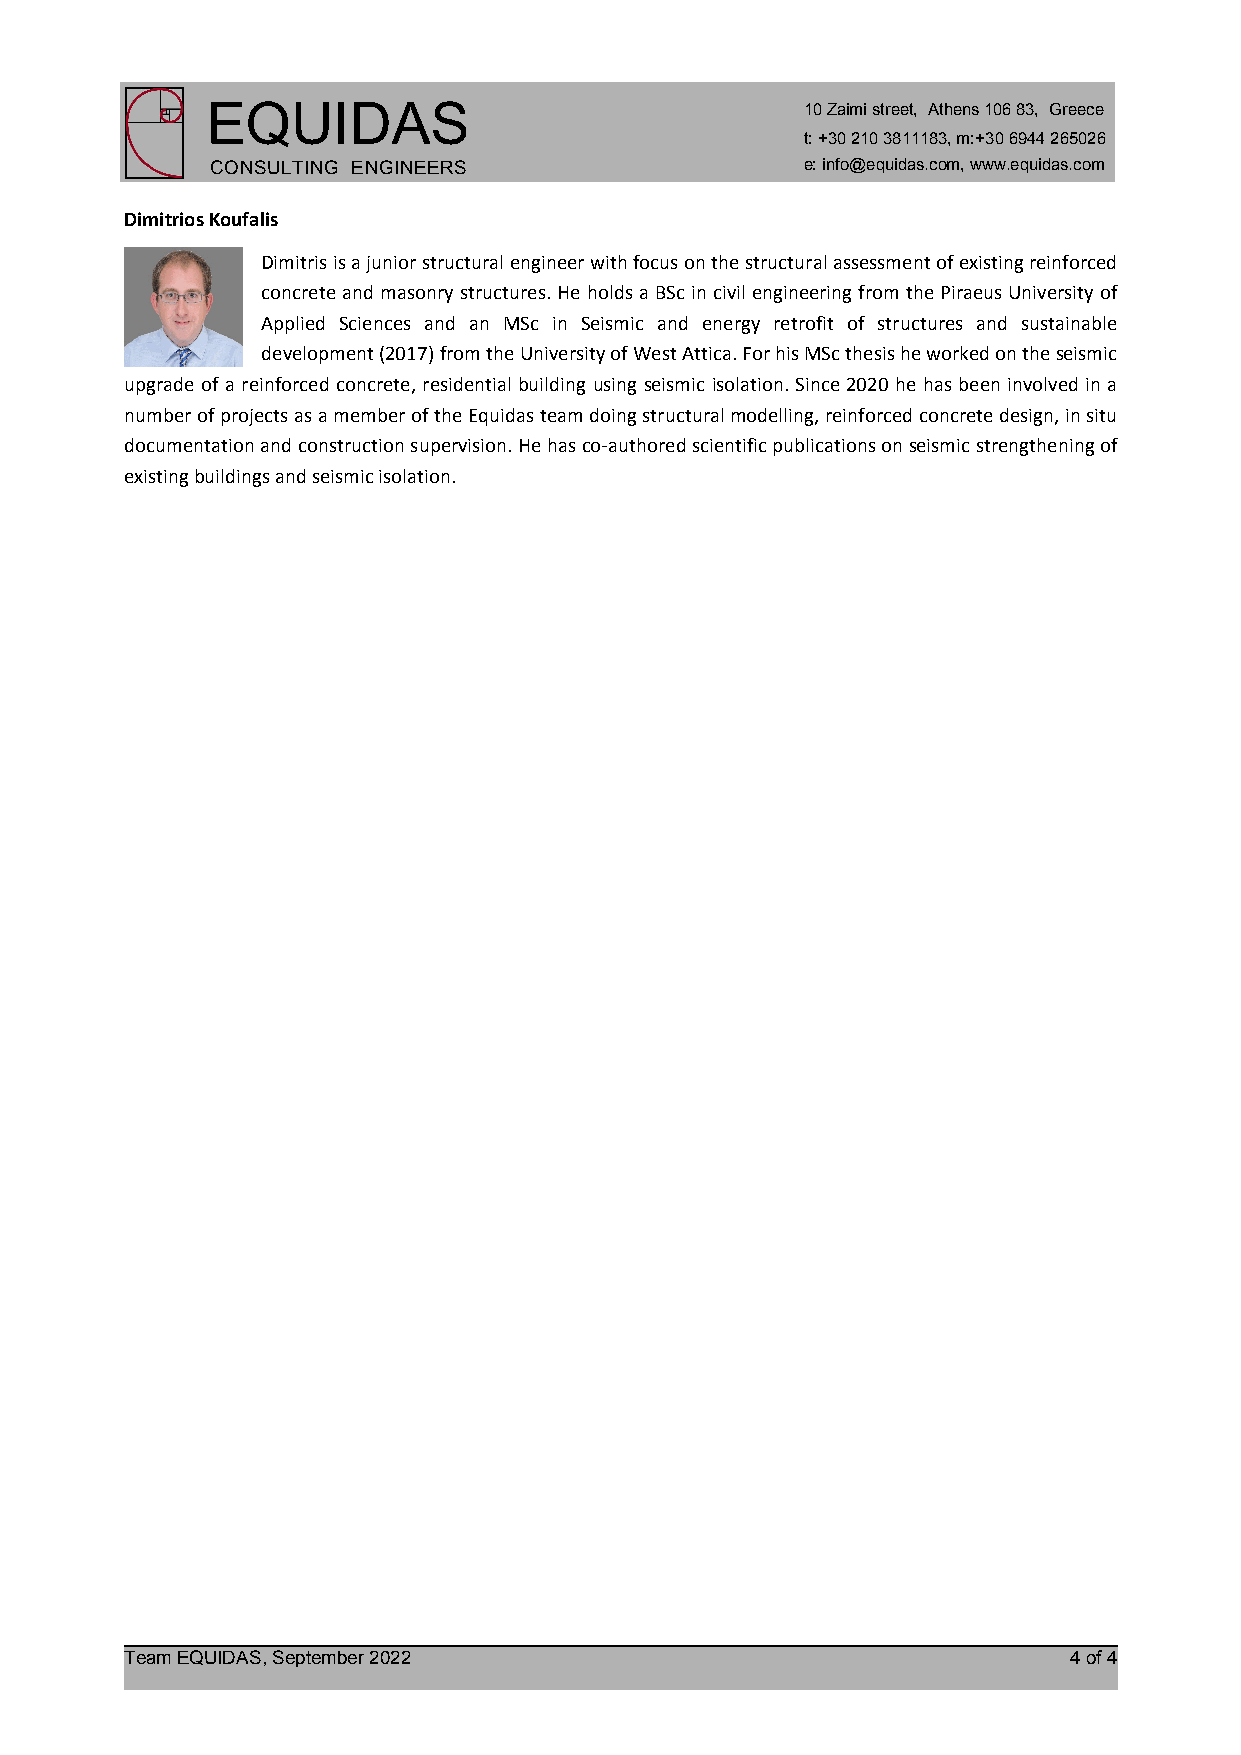
EQUIDAS                                10 Zaimi street, Athens 106 83, Greece
 t: +30 210 3811183, m:+30 6944 265026
 CONSULTING ENGINEERS                   e: info@equidas.com, www.equidas.com
 Dimitrios Koufalis
 Dimitris is a junior structural engineer with focus on the structural assessment of existing reinforced
 concrete and masonry structures. He holds a BSc in civil engineering from the Piraeus University of
 Applied Sciences and an MSc in Seismic and energy retrofit of structures and sustainable
 development (2017) from the University of West Attica. For his MSc thesis he worked on the seismic
 upgrade of a reinforced concrete, residential building using seismic isolation. Since 2020 he has been involved in a
 number of projects as a member of the Equidas team doing structural modelling, reinforced concrete design, in situ
 documentation and construction supervision. He has co‐authored scientific publications on seismic strengthening of
 existing buildings and seismic isolation.
 Team EQUIDAS, September 2022                                   4 of 4